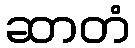
ဆာတံ